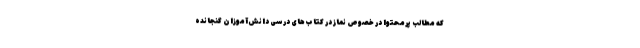
که مطالب پرمحتوا در خصوص نماز در کتاب‌های درسی دانش‌آموزان گنجانده